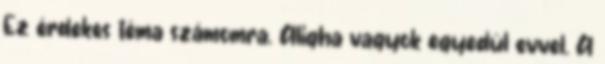
Ez érdekes téma számomra. Aligha vagyok egyedül evvel. A